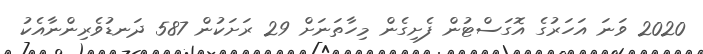
2020 ވަނަ އަހަރުގެ އޮގަސްޓުން ފެށިގެން މިހާތަނަށް 29 ރަށަކުން 587 ދަނޑުވެރިންނާއެކު